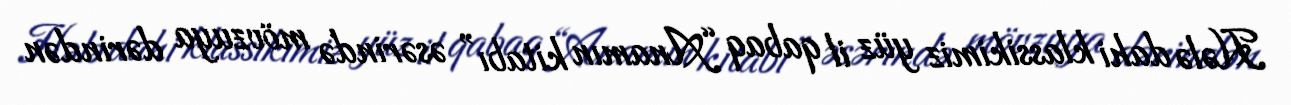
Hələ dahi klassikimiz yüz il qabaq “Anamın kitabı” əsərində mövzuya dərindən